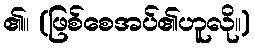
၏။ (ဖြစ်စေအပ်၏ဟူလို။)